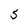
Character: 5